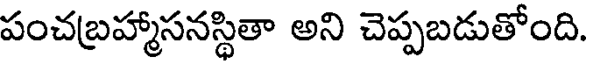
పంచబ్రహ్మాసనస్థితా అని చెప్పబడుతోంది.